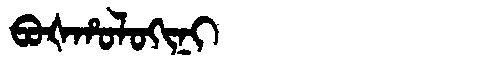
Manchu: ᠪᠣᡧᡥᠣᠯᠣᡴᡳᠨᡳ
Romanization: BOŠHOLOKINI